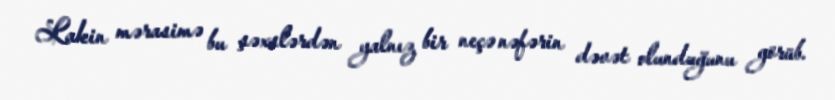
Lakin mərasimə bu şəxslərdən yalnız bir neçə nəfərin dəvət olunduğunu görüb.